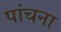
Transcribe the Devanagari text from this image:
पांचना